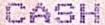
CASH